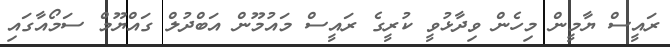
ރައީސް ޔާމީން މިހެން ވިދާޅުވީ ކުރީގެ ރައީސް މައުމޫން އަބްދުލް ގައްޔޫމް ސަމޯއާގައި